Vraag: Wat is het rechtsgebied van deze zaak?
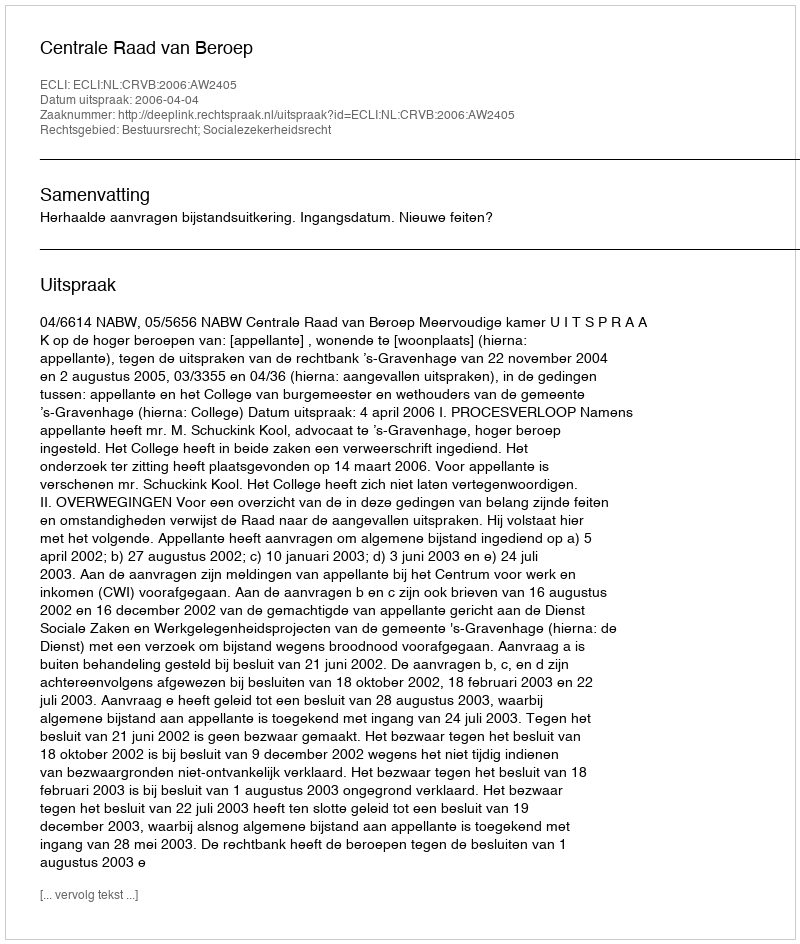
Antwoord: Bestuursrecht; Socialezekerheidsrecht